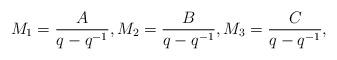
LaTeX: \begin{align*} M_1=\frac{A}{q-q^{-1}},M_2=\frac{B}{q-q^{-1}},M_3=\frac{C}{q-q^{-1}},\end{align*}